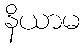
နိယာမ